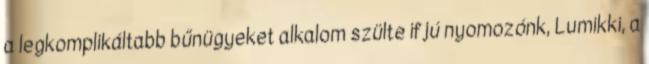
a legkomplikáltabb bűnügyeket alkalom szülte ifjú nyomozónk, Lumikki, a